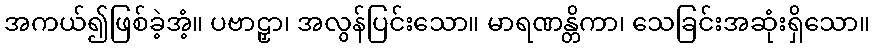
အကယ်၍ဖြစ်ခဲ့အံ့။ ပဗာဠှာ၊ အလွန်ပြင်းသော။ မာရဏန္တိကာ၊ သေခြင်းအဆုံးရှိသော။